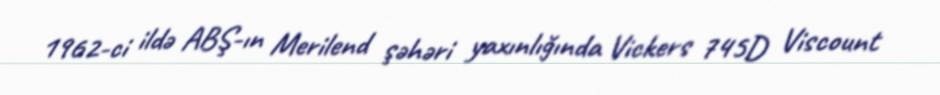
1962-ci ildə ABŞ-ın Merilend şəhəri yaxınlığında Vickers 745D Viscount